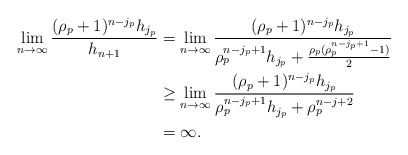
\begin{align*}\lim_{n\to \infty} \frac{(\rho_p+1)^{n-j_p} h_{j_p}}{ h_{n+1} } &= \lim_{n\to \infty} \frac{(\rho_p+1)^{n-j_p} h_{j_p}}{ \rho_p^{n-j_p+1}h_{j_p} + \frac{\rho_p(\rho_p^{n-j_p+1}-1)}{2} } \\&\geq \lim_{n\to \infty} \frac{(\rho_p+1)^{n-j_p} h_{j_p}}{ \rho_p^{n-j_p+1}h_{j_p} + \rho_p^{n-j+2} } \\ &= \infty . \end{align*}